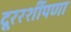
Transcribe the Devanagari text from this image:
दूररर्शीपणा